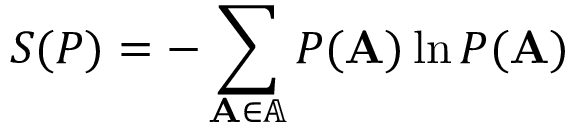
S ( P ) = - \sum _ { \mathbf { A } \in \mathbb { A } } P ( \mathbf { A } ) \ln P ( \mathbf { A } )